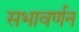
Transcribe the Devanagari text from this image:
सभावर्णन